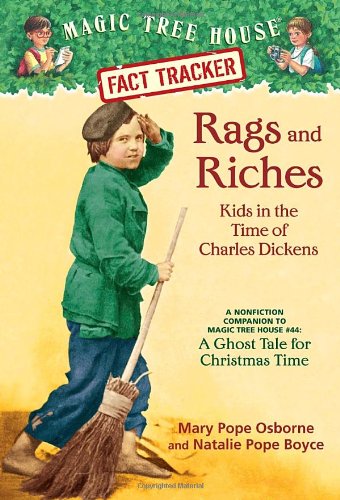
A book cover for Rags and Riches: Kids in the Time of Charles Dickens (Magic Tree House); Mary Pope Osborne; Children's Books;